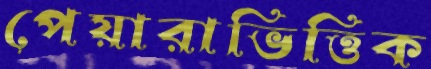
পেয়ারাভিত্তিক